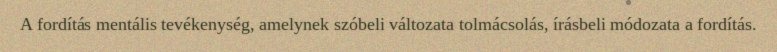
A fordítás mentális tevékenység, amelynek szóbeli változata tolmácsolás, írásbeli módozata a fordítás.